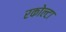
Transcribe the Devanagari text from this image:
रकोल्टा